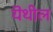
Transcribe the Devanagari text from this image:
यॆथील